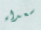
سعداء